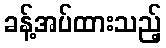
ခန့်အပ်ထားသည့်